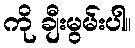
ကို ချီးမွမ်းပါ။